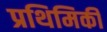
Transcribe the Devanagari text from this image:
प्रथिमिकी